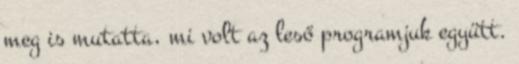
meg is mutatta, mi volt az leső programjuk együtt.